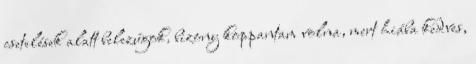
csetelések alatt belezúgok. bizony koppantam volna, mert hiába kedves,